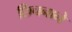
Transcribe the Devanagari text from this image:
छिचनाने